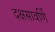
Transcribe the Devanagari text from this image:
दक्षसावर्णि